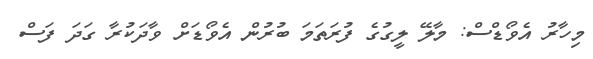
މިހާރު އެވޯޑްސް: މާލޭ ލީގުގެ ފުރަތަމަ ބުރުން އެވޯޑަށް ވާދަކުރާ ގަދަ ފަސް